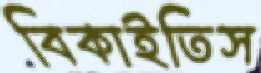
বিকাইতিস